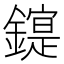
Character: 𰽋